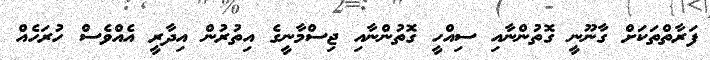
ފަރާތްތަކަށް ގާނޫނީ ގޮތުންނާއި ސިއްހީ ގޮތުންނާއި ޖިސްމާނީގެ އިތުރުން އިދާރީ އެއްވެސް ހުރަހެއް